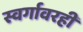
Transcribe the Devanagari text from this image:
स्वर्गावरही